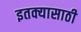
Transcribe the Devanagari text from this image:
इतक्यासाठी